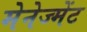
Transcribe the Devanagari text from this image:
मेनेज्मेंट